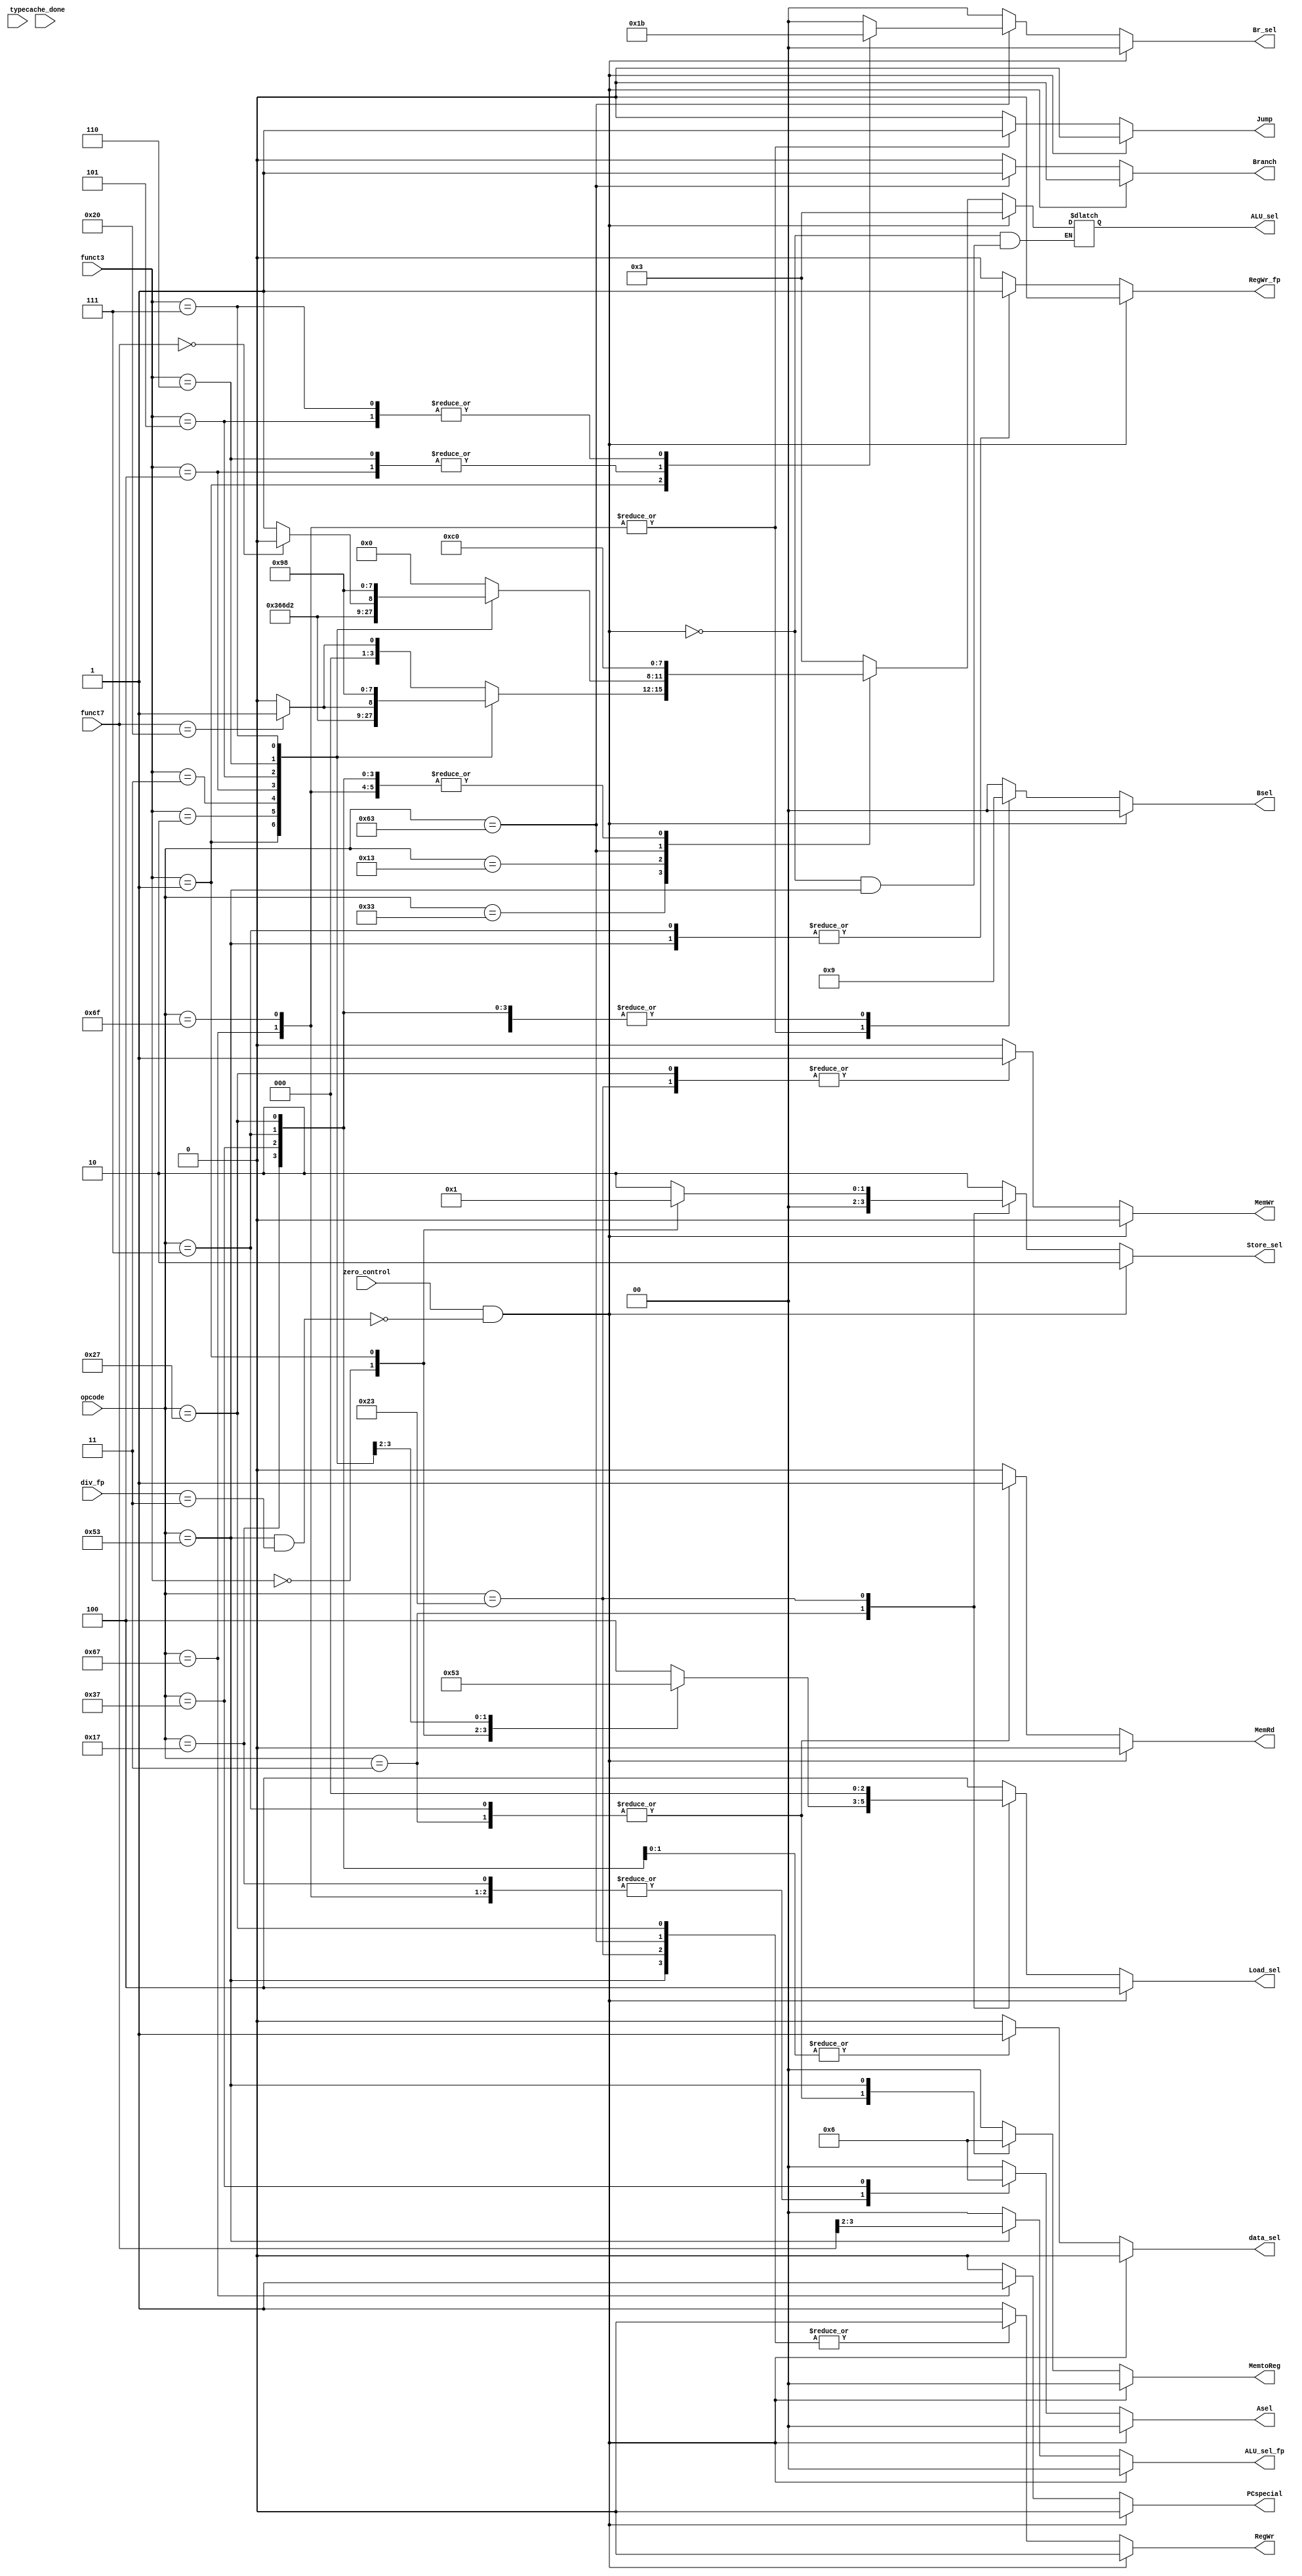
module Control_Unit (
    input            zero_control,   // Freeze Control Unit to stall the program
	input            cache_done  ,
	input      [2:0] type        ,
    input      [6:0] opcode      ,  
    input      [6:0] funct7      ,
    input      [2:0] funct3      ,
	input      [1:0] div_fp      ,
    output reg       Branch      ,   // notify B-type instruction
	output reg       Jump        ,   // notify J-type instruction and Jump
	output reg       PCspecial   ,   // only 1 when jalr (nextPC depends on rs1); otherwise NextPC depends on currentPC)
    output reg [1:0] MemtoReg    ,   // connect to Mux control after DataMem
    output reg [1:0] Asel        ,   // select input of 1st operand of ALU
    output reg [1:0] Bsel        ,   // select input of 2nd operand of ALU
    output reg       MemRd       ,   // Read Enable of Data Memory, connect to DataMem  
	output reg       MemWr       ,   // Write Enable of Data Memory, connect to DataMem
    output reg       RegWr       ,   // Write Enable for Integer Register,connect to registers file  
	output reg [1:0] Br_sel      ,   // select between B instructions
	output reg [2:0] Load_sel    ,   // select between load instructions; control Mux before write_data of RegFile
	output reg [1:0] Store_sel   ,   // select between S instructions; control Mux before write_data of DataMem
    output reg [3:0] ALU_sel     ,   // Operation selection of Interger ALU, connect to ALU
	output reg [1:0] ALU_sel_fp  ,   // Operation selection of Floating-point ALU, connect to ALU
	output reg       RegWr_fp    ,   // Write Enable for Floating-point Register, connect to floating point register
	output reg       data_sel        // choose data between integer or floating point register before DataMem
);

//=======================================================
//  REG/WIRE declarations
//=======================================================

//==================ALU operation========================
parameter ALU_add  =  4'b0000;
parameter ALU_sub  =  4'b0001;
parameter ALU_srl  =  4'b0100; // Shift Right Logical
parameter ALU_sra  =  4'b0101; // Shift Right Arithmetic
parameter ALU_sll  =  4'b0110; // Shift Left  Logical
parameter ALU_sla  =  4'b0111; // Shift Left  Arithmetic
parameter ALU_and  =  4'b1000;
parameter ALU_or   =  4'b1001;
parameter ALU_xor  =  4'b1010;
parameter ALU_not  =  4'b1011;
parameter ALU_slt  =  4'b1100; // less than
parameter ALU_sltu =  4'b1101; // less than unsigned
parameter ALU_nop  =  4'b0011;

//================Instrucion type========================
//================based on opcode========================
parameter NoP     = 7'b0000000;
parameter R       = 7'b0110011;
parameter I       = 7'b0010011;
parameter ld      = 7'b0000011;
parameter st      = 7'b0100011;
parameter B       = 7'b1100011;
parameter jalr    = 7'b1100111; //Jump to address and place return address in rd, format: jalr rd,rs1,offset
parameter jal     = 7'b1101111; //Jump to address and place return address in rd, format: jal  rd,offset
parameter auipc   = 7'b0010111; //add upper immediate to pc
parameter lui     = 7'b0110111; //load upper immediate
parameter ld_fp   = 7'b0000111;
parameter st_fp   = 7'b0100111;
parameter fp_cal  = 7'b1010011;
parameter fp_add  = 2'b00;      //Perform single-precision floating-point addition
//parameter fp_sub  = 2'b01;
//parameter fp_mul  = 2'b10;
//parameter fp_div  = 2'b11;

//=======================================================
//  Behavioral coding
//=======================================================

always @(*) begin
    if ((zero_control && ~((opcode == 7'b1010011) &&(div_fp == 2'b11)))) begin 
	    Branch      = 1'b0;      // PC = PC + 4
		Jump        = 1'b0;      // no jump
		PCspecial   = 1'b0;      // no jalr
		MemtoReg    = 2'b00;     // ALU result -> registers files
		Asel        = 2'b00;     // 1st ALU operand from rs1
		Bsel        = 2'b00;     // 2nd ALU operand from rs2
		MemRd       = 1'b0;      // don't rd or wr data memory
		MemWr       = 1'b0;      // don't rd or wr data memory
		RegWr       = 1'b0;      // No Write to rd
		ALU_sel     = ALU_nop;   // ALU nop
		ALU_sel_fp  = fp_add;
		Br_sel      = 2'b00;
		Load_sel    = 3'b100;    // normal
		Store_sel   = 2'b10;     // normal
		RegWr_fp    = 1'b0;      // No Write to floating point register
		data_sel    = 1'b0;
		$display("Halt!!!");
	end 
    else begin       
	case(opcode)      
		R: begin
	        Branch      = 1'b0;      // PC = PC + 4
		    Jump        = 1'b0;      // no jump
		    PCspecial   = 1'b0;      // no jalr
            MemtoReg    = 2'b00;     // ALU result -> registers files
		    Asel        = 2'b00;     // 1st ALU operand from rs1
            Bsel        = 2'b00;     // 2nd ALU operand from rs2
            MemRd       = 1'b0;      // don't rd or wr data memory
		    MemWr       = 1'b0;      // don't rd or wr data memory
            RegWr       = 1;         // Write to rd
		    Br_sel      = 2'b00;
		    Load_sel    = 3'b100;    // normal
		    Store_sel   = 2'b10;     // normal
			RegWr_fp    = 1'b0;      // No Write to floating point register
			data_sel    = 1'b0;
			ALU_sel_fp  = fp_add;
		    case (funct3)
		        3'b000: begin/// add or sub 
				    case (funct7)
					    7'b0000000: ALU_sel = ALU_add; // ALU add
						7'b0100000: ALU_sel = ALU_sub; // ALU sub
		                default:    ALU_sel = ALU_add; // ALU add
		            endcase			
			    end		 
	    		3'b001:  ALU_sel = ALU_sll;    // ALU sll
                3'b010:	 ALU_sel = ALU_slt;    // ALU slt
                3'b011:	 ALU_sel = ALU_sltu;   // ALU sllu
	            3'b100:	 ALU_sel = ALU_xor;    // ALU xor			
		        3'b101: begin                  // srl or sra
		            case(funct7)
				        7'b0000000: ALU_sel = ALU_srl; // ALU srl
			            7'b0100000: ALU_sel = ALU_sra; // ALU sra	
				        default:    ALU_sel = ALU_srl; // ALU srl
			        endcase
				end
		        3'b110:  ALU_sel = ALU_or;     // ALU or
		        3'b111:	 ALU_sel = ALU_and;    // ALU and
				default: ALU_sel = ALU_add;
		    endcase
	    end
		  
        I: begin
		    Branch      = 1'b0;      // PC = PC + 4
			Jump        = 1'b0;      // no jump
			PCspecial   = 1'b0;      // no jalr
            MemtoReg    = 2'b00;     // ALU result -> registers files
			Asel        = 2'b00;     // 1st ALU operand from rs1
            Bsel        = 2'b01;     // 2nd ALU operand from imm
            MemRd       = 1'b0;      // don't rd or wr data memory
			MemWr       = 1'b0;      // don't rd or wr data memory
            RegWr       = 1;         // Write to rd
			Br_sel      = 2'b00;
			Load_sel    = 3'b100;    // normal
			Store_sel   = 2'b10;     // normal
			RegWr_fp    = 1'b0;      // No Write to floating point register
			data_sel    = 1'b0;
			ALU_sel_fp    = fp_add;
			case (funct3)
			    3'b000:  ALU_sel = ALU_add;    // ALU add
				3'b001:  ALU_sel = ALU_sll;    // ALU sll
      		    3'b010:  ALU_sel = ALU_slt;    // ALU slt
                3'b011:  ALU_sel = ALU_sltu;   // ALU sltu
                3'b100:  ALU_sel = ALU_xor;    // ALU xor
                3'b101: begin                  //srli or srai                    
	                case(funct7)
			            7'b0000000: ALU_sel = ALU_srl; // ALU srl 
			            7'b0100000: ALU_sel = ALU_sra; // ALU sra
			            default:    ALU_sel = ALU_sra; // ALU sra
			        endcase
			    end
		        3'b110:   ALU_sel = ALU_or;     // ALU or
		        3'b111:	  ALU_sel = ALU_and;    // ALU and
			    default:  ALU_sel = ALU_add;
            endcase	 
		end
		  
        ld: begin
            Branch      = 1'b0;      // PC = PC + 4
			Jump        = 1'b0;      // no jump
			PCspecial   = 1'b0;      // no jalr
			MemtoReg    = 2'b01;     // data from DataMem -> Int registers files
			Asel        = 2'b00;     // 1st ALU operand from rs1
			Bsel        = 2'b01;     // 2nd ALU operand from imm
			MemRd       = 1'b1;      // Read data memory
			MemWr       = 1'b0;      // don't wr to data memory
			RegWr       = 1'b1;      // Write to rd
			Br_sel      = 2'b00;
			Store_sel   = 2'b00;     // normal
			ALU_sel     = ALU_add;   // ALU add
			RegWr_fp    = 1'b0;      // No Write to floating point register
			data_sel    = 1'b0;
			ALU_sel_fp  = fp_add;
				case (funct3)
				    3'b000:  Load_sel    = 3'b000;    // lb
				    3'b001:  Load_sel    = 3'b001;    // lh
				    3'b010:  Load_sel    = 3'b100;    // lw
				    3'b100:  Load_sel    = 3'b010;    // lbu
				    3'b101:  Load_sel    = 3'b011;    // lhu 
				    default: Load_sel    = 3'b100;    // lw
				endcase
		end

        st: begin
            Branch      = 1'b0;      // PC = PC + 4
			Jump        = 1'b0;      // no jump
			PCspecial   = 1'b0;      // no jalr
			MemtoReg    = 2'b00;     // don't need to wr to registers files
			Asel        = 2'b00;     // 1st ALU operand from rs1
			Bsel        = 2'b01;     // 2nd ALU operand from imm
			MemRd       = 1'b0;      // Don't rd data memory
			MemWr       = 1'b1;      // wr to data memory
			RegWr       = 1'b0;      // Don't write to rd
			Br_sel      = 2'b00;
			Load_sel    = 3'b000;    // don't care
			ALU_sel     = ALU_add;   // ALU add
			ALU_sel_fp  = fp_add;
			RegWr_fp    = 1'b0;      // No Write to floating point register
			data_sel    = 1'b0;
			 	case(funct3)
				    3'b000:  Store_sel   = 2'b00;     // sb
				    3'b001:  Store_sel   = 2'b01;     // sh
					3'b010:  Store_sel   = 2'b10;     // sw
					default: Store_sel   = 2'b10;     // sw
                endcase
		end
        B:  begin
            Branch      = 1;          // PC may not PC + 4, depends on zero flag from ALU
			Jump        = 1'b0;       // no jump
			PCspecial   = 1'b0;       // no jalr
			MemtoReg    = 2'b00;      // don't need -> don't care
			Asel        = 2'b00;      // 1st ALU operand from rs1
			Bsel        = 2'b00;      // 2nd ALU operand from rs2
			MemRd       = 1'b0;       // don't rd or wr data memory
			MemWr       = 1'b0;       // don't rd or wr data memory
			RegWr       = 1'b0;       // don't need to write to registers file
			ALU_sel     = ALU_slt;    // ALU compare
			Load_sel    = 3'b100;     // normal
			Store_sel   = 2'b10;      // normal
			RegWr_fp    = 1'b0;       // No Write to floating point register
			data_sel    = 1'b0;
			ALU_sel_fp  = fp_add;
				case(funct3)
				    3'b000:  Br_sel        = 2'b00; // beq
					3'b001:  Br_sel        = 2'b01; // bne
					3'b100:  Br_sel        = 2'b10; // blt
					3'b101:  Br_sel        = 2'b11; // bge
					3'b110:  Br_sel        = 2'b10; // bltu
					3'b111:  Br_sel        = 2'b11; // bgeu
					default: Br_sel        = 2'b00; // beq
                endcase
		end
        jalr:   begin
            Branch      = 1'b0;       // PC = PC + 4
			Jump        = 1'b1;       // jump
			PCspecial   = 1'b1;       // jalr
			MemtoReg    = 2'b00;      // ALU result -> registers files
			Asel        = 2'b01;      // 1st ALU operand is PC
			Bsel        = 2'b10;      // 2nd ALU operand is 4
			MemRd       = 1'b0;       // don't rd or wr data memory
			MemWr       = 1'b0;       // don't rd or wr data memory
			RegWr       = 1;          // Write to rd
			Br_sel      = 2'b00;
			Load_sel    = 3'b100;     // normal
			Store_sel   = 2'b10;      // normal
			ALU_sel     = ALU_add;    // ALU add
			RegWr_fp    = 1'b0;       // No Write to floating point register
			data_sel    = 1'b0;
			ALU_sel_fp    = fp_add;
        end
        jal:    begin
	        Branch      = 1'b0;       // PC = PC + 4
			Jump        = 1'b1;       // jump
			PCspecial   = 1'b0;       // no jalr
			MemtoReg    = 2'b00;      // ALU result -> registers files
			Asel        = 2'b01;      // 1st ALU operand is PC
			Bsel        = 2'b10;      // 2nd ALU operand is 4
			MemRd       = 1'b0;       // don't rd or wr data memory
			MemWr       = 1'b0;       // don't rd or wr data memory
			RegWr       = 1;          // Write to rd
			Br_sel      = 2'b00;
			Load_sel    = 3'b100;     // normal
			Store_sel   = 2'b10;      // normal
			ALU_sel     = ALU_add;    // ALU add
			RegWr_fp    = 1'b0;       // No Write to floating point register
			data_sel    = 1'b0;
			ALU_sel_fp    = fp_add;
        end
        auipc:  begin
	        Branch      = 1'b0;       // PC = PC + 4
			Jump        = 1'b0;       // no jump
			PCspecial   = 1'b0;       // no jalr
			MemtoReg    = 2'b00;      // ALU result -> registers files
			Asel        = 2'b01;      // 1st ALU operand from PC
			Bsel        = 2'b01;      // 2nd ALU operand from imm
			MemRd       = 1'b0;       // don't rd or wr data memory
			MemWr       = 1'b0;       // don't rd or wr data memory
			RegWr       = 1;          // Write to rd
			Br_sel        = 2'b00;
			Load_sel    = 3'b100;     // normal
			Store_sel   = 2'b10;      // normal
			ALU_sel       = ALU_add;  // ALU add
			ALU_sel_fp    = fp_add;
			RegWr_fp    = 1'b0;       // No Write to floating point register
			data_sel    = 1'b0;
        end

	    lui:    begin
	        Branch      = 1'b0;       // PC = PC + 4
			Jump        = 1'b0;       // no jump
			PCspecial   = 1'b0;       // no jalr
			MemtoReg    = 2'b00;      // ALU result -> registers files
			Asel        = 2'b10;      // 1st ALU operand is 0
			Bsel        = 2'b01;      // 2nd ALU operand from imm
			MemRd       = 1'b0;       // don't rd or wr data memory
			MemWr       = 1'b0;       // don't rd or wr data memory
			RegWr       = 1;          // Write to rd
			Br_sel      = 2'b00;
			Load_sel    = 3'b100;     // normal
			Store_sel   = 2'b10;      // normal
			ALU_sel     = ALU_add;    // ALU add
			ALU_sel_fp  = fp_add;
			RegWr_fp    = 1'b0;       // No Write to floating point register
			data_sel    = 1'b0;
        end

	    ld_fp:  begin
		    Branch      = 1'b0;      // PC = PC + 4
			Jump        = 1'b0;      // no jump
			PCspecial   = 1'b0;      // no jalr
			MemtoReg    = 2'b01;     // data from DataMem -> floating point registers files
			Asel        = 2'b00;     // 1st ALU operand from rs1
			Bsel        = 2'b01;     // 2nd ALU operand from imm
			MemRd       = 1'b1;      // Read data memory
			MemWr       = 1'b0;      // don't wr to data memory
			RegWr       = 1'b1;      // No write to integer register
			Br_sel      = 2'b00;
			Load_sel    = 3'b100;    // normal
			Store_sel   = 2'b10;     // normal
			ALU_sel     = ALU_add;   // ALU add
			ALU_sel_fp  = fp_add;
			RegWr_fp    = 1'b1;      // Write to floating point register
			data_sel    = 1'b1;
	    end

	    st_fp:  begin
		    Branch      = 1'b0;      // PC = PC + 4
			Jump        = 1'b0;      // no jump
			PCspecial   = 1'b0;      // no jalr
			MemtoReg    = 2'b00;     // don't need to wr to registers files
			Asel        = 2'b00;     // 1st ALU operand from rs1
			Bsel        = 2'b01;     // 2nd ALU operand from imm
			MemRd       = 1'b0;      // Don't rd data memory
			MemWr       = 1'b1;      // wr to data memory
			RegWr       = 1'b0;      // Don't write to rd
			Br_sel      = 2'b00;
			Load_sel    = 3'b100;    // normal
			Store_sel   = 2'b10;     // normal
			ALU_sel     = ALU_add;   // ALU add
			ALU_sel_fp  = fp_add;
			RegWr_fp    = 1'b0;      // No Write to floating point register
			data_sel    = 1'b1;
		  end

	    fp_cal: begin
		    Branch      = 1'b0;      // PC = PC + 4
		    Jump        = 1'b0;      // no jump
		    PCspecial   = 1'b0;      // no jalr
            MemtoReg    = 2'b10;     // ALU result -> registers files
		    Asel        = 2'b00;     // 1st ALU operand from rs1
            Bsel        = 2'b00;     // 2nd ALU operand from rs2
            MemRd       = 1'b0;      // don't rd or wr data memory
		    MemWr       = 1'b0;      // don't rd or wr data memory
            RegWr       = 1'b0;      // Write to rd
		    Br_sel      = 2'b00;
		    Load_sel    = 3'b100;    // normal
		    Store_sel   = 2'b10;     // normal
			RegWr_fp    = 1'b1;      // Write to floating point register
			data_sel    = 1'b0;
			ALU_sel_fp  = funct7[3:2]; // add, sub, mul, div FP
		end

        default:    begin
            Branch      = 1'b0;       // PC = PC + 4
			Jump        = 1'b0;       // no jump
			PCspecial   = 1'b0;       // no jalr
            MemtoReg    = 2'b00;      // ALU result -> registers files
			Asel        = 2'b00;      // 1st ALU operand from rs1
			Bsel        = 2'b00;      // 2nd ALU operand from rs2
			MemRd       = 1'b0;       // don't rd or wr data memory
			MemWr       = 1'b0;       // don't rd or wr data memory
			RegWr       = 1;          // Write to rd
			ALU_sel     = ALU_nop;    // ALU nop
			ALU_sel_fp  = fp_add;
			Br_sel      = 2'b00;
			Load_sel    = 3'b100;     // normal
			Store_sel   = 2'b10;      // normal
			RegWr_fp    = 1'b0;       // No Write to floating point register
			data_sel    = 1'b0;
		end
    endcase
  end
end
endmodule